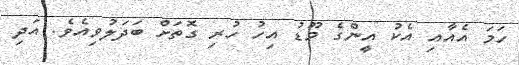
ހަމަ އެއާއި އެކު އީންގެ މޫޑު އިހު ހުރި ގޮތަށް ބަދަލުވިއެވެ. އަދި